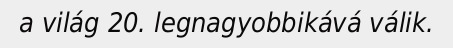
a világ 20. legnagyobbikává válik.